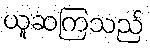
ယူဆကြသည်